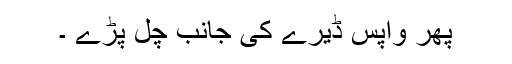
پھر واپس ڈیرے کی جانب چل پڑے ۔